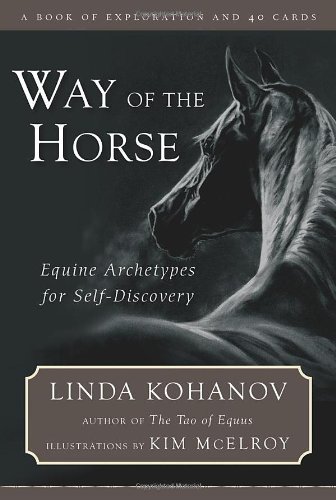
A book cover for Way of the Horse: Equine Archetypes for Self-Discovery EE A Book of Exploration and 40 Cards; Linda Kohanov; Crafts, Hobbies & Home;